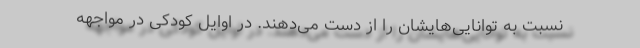
نسبت به توانایی‌هایشان را از دست می‌دهند. در اوایل کودکی در مواجهه